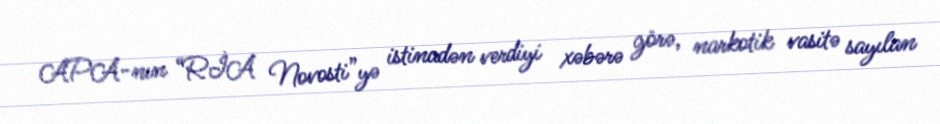
APA-nın “RİA Novosti”yə istinadən verdiyi xəbərə görə, narkotik vasitə sayılan